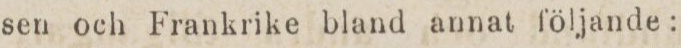
sen och Frankrike bland annat följande: